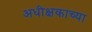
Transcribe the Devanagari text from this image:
अधीक्षकाच्या